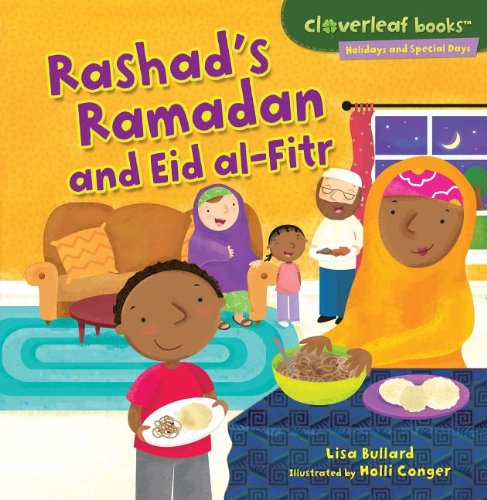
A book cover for Rashad's Ramadan and Eid Al-Fitr (Cloverleaf Books - Holidays and Special Days); Lisa Bullard; Children's Books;